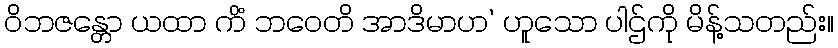
ဝိဘဇန္တော ယထာ ကိံ ဘဝေတိ အာဒိမာဟ’ ဟူသော ပါဌ်ကို မိန့်သတည်း။